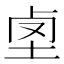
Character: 𡋪